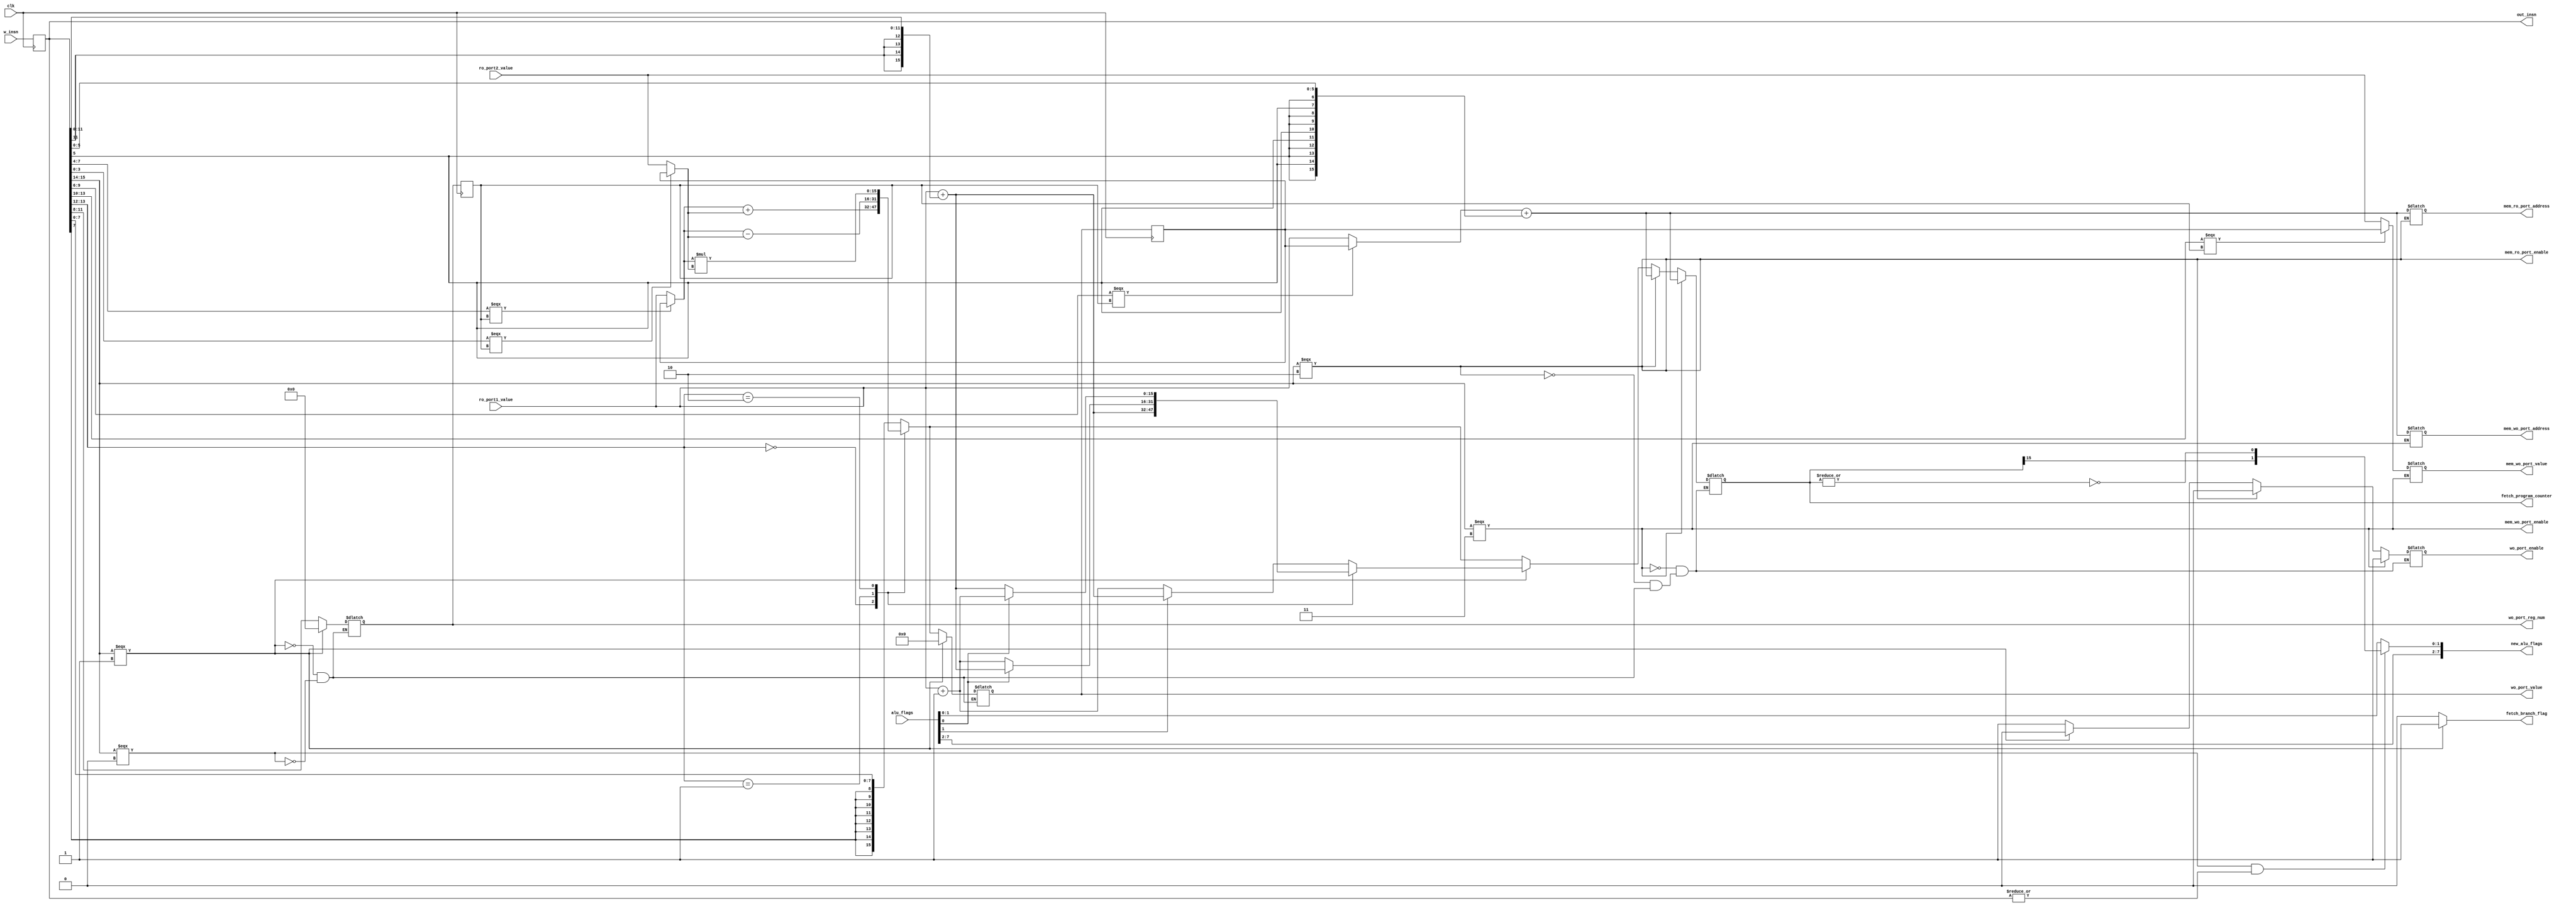
module Execute(
    input wire clk,
    input wire [15:0] w_insn,
    input wire [15:0] ro_port1_value,
    input wire [15:0] ro_port2_value,
    input wire [7:0] alu_flags,
    output wire [7:0] new_alu_flags,
    output reg wo_port_enable, 
    output reg [3:0] wo_port_reg_num,
    output reg [15:0] wo_port_value,
    output wire fetch_branch_flag,
    output wire [15:0] fetch_program_counter,
    output wire mem_ro_port_enable,
    output reg [15:0] mem_ro_port_address,
    output wire mem_wo_port_enable,
    output reg [15:0] mem_wo_port_address,
    output reg [15:0] mem_wo_port_value,
    output wire [15:0] out_insn
);

reg [15:0] by_pass_reg_value;
reg [3:0] by_pass_reg_num;
wire [15:0] offset;
reg [15:0] insn;
reg [15:0] res;
wire [15:0] address_base;
wire [15:0] address_offset;
wire [15:0] value_to_write;


//by-pass
wire [15:0] op1;
wire [15:0] op2;
assign op1 = insn[7:4] === by_pass_reg_num ? by_pass_reg_value : ro_port1_value;
assign op2 = insn[3:0] === by_pass_reg_num ? by_pass_reg_value : ro_port2_value;

assign is_nop = ~(|(insn));
assign new_alu_flags[7:2] = alu_flags[7:2];
assign new_alu_flags[1:0] = (insn[15:14] === 2'b00) & ~is_nop ? {res[15], ~(|(res))} : alu_flags[1:0];
assign offset = {{4{insn[11]}}, insn[11:0]};
assign fetch_program_counter = res;
assign fetch_branch_flag = (insn[15:14] === 2'b01) ? 1 : 0;
assign address_base = insn[9:6] === by_pass_reg_num ? by_pass_reg_value : ro_port1_value;
assign address_offset = {{10{insn[5]}}, insn[5:0]};
assign value_to_write = insn[13:10] === by_pass_reg_num ? by_pass_reg_value : ro_port2_value;
assign mem_ro_port_enable = insn[15:14] === 2'b10;
assign mem_wo_port_enable = insn[15:14] === 2'b11;
assign out_insn = insn;

always @(posedge clk) begin
    insn <= w_insn;
    by_pass_reg_num <= wo_port_reg_num;
    by_pass_reg_value <= wo_port_value;
end

always @(*) begin
    if (insn[15:14] === 2'b00) // arithm
    begin
        case (insn[13:12])
            2'b00 : res = op1 + op2; // add
            2'b01 : res = op1 - op2; // sub
            2'b10 : res = op1 * op2; // mul
            default : res = {{8{insn[7]}}, insn[7:0]}; // mov
        endcase
        wo_port_reg_num = insn[11:8];
        wo_port_value = res;
        wo_port_enable = 1;
    end
    if (insn[15:14] === 2'b01) // branhces
    begin
        case (insn[13:12])
            2'b00 : res = ro_port1_value + offset ; // b
            2'b01 : res = alu_flags[0] ? ro_port1_value + offset : ro_port1_value + 16'h0001; // beq
            2'b10 : res = alu_flags[0] ? ro_port1_value + 16'h0001 : ro_port1_value + offset; // bneq
            default : res = alu_flags[1] ? ro_port1_value + offset : ro_port1_value + 16'h0001; // blt
        endcase
        wo_port_reg_num = 0;
        wo_port_value = 0;
        wo_port_enable = 0;
    end
    if (insn[15:14] === 2'b10) // load
    begin
        res = address_base + address_offset;
        mem_ro_port_address = res;
        wo_port_enable = 0;
    end
    if (insn[15:14] === 2'b11) // store
    begin
        wo_port_enable = 1;
        res = address_base + address_offset;
        mem_wo_port_address = res;
        mem_wo_port_value = value_to_write;
    end
end

endmodule